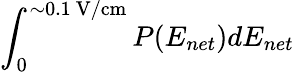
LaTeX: \int_{0}^{\sim 0.1~\mathrm{{V/cm}}}P(E_{net})dE_{net}